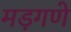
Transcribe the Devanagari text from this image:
मड़गणे